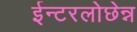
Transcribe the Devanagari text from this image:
ईन्टरलोछेन्न